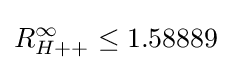
R_{H++}^{\infty }\leq 1.58889